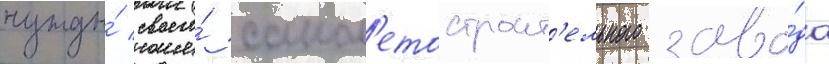
нужды́ своего́ самол'етостроит'ельного заво́да